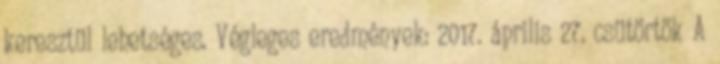
keresztül lehetséges. Végleges eredmények: 2017. április 27. csütörtök A